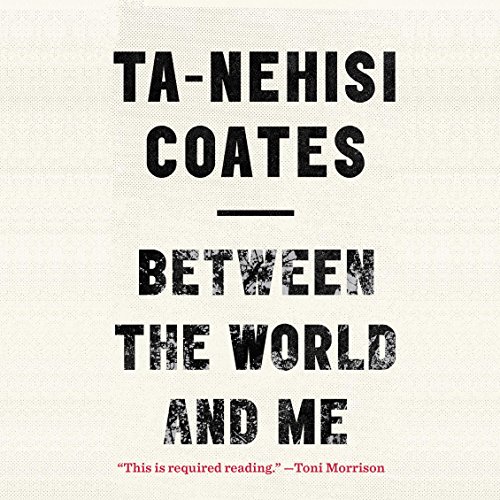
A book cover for Between the World and Me; Ta-Nehisi Coates; Biographies & Memoirs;